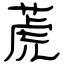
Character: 萀